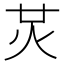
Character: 炗